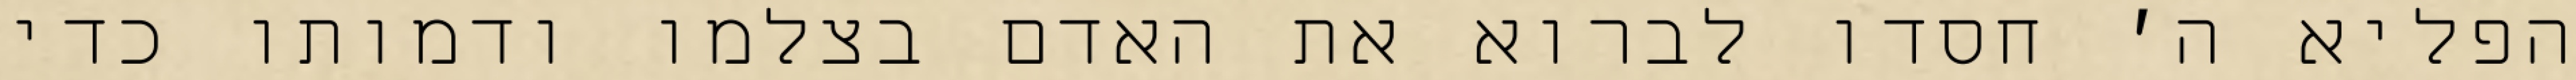
הפליא ה׳ חסדו לברוא את האדם בצלמו ודמותו כדי